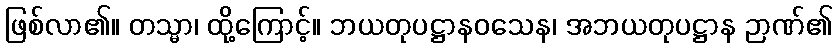
ဖြစ်လာ၏။ တသ္မာ၊ ထို့ကြောင့်။ ဘယတုပဋ္ဌာနဝသေန၊ အဘယတုပဋ္ဌာန ဉာဏ်၏